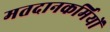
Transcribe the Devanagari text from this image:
मतदानकर्मियों